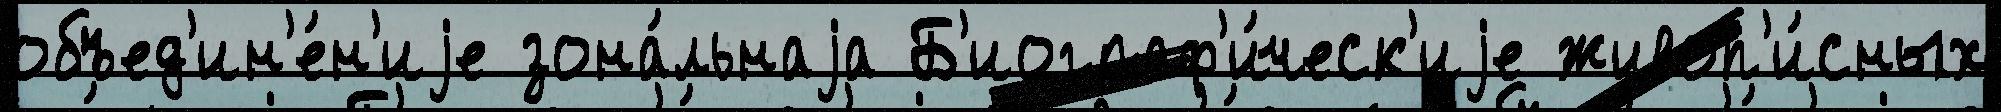
объед'ин'е́н'иjе зона́льнаjа Б'иограф'и́ческ'иjе живоп'и́сных